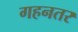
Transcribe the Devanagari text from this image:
गहनतर